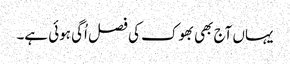
یہاں آج بھی بھوک کی فصل اُگی ہوئی ہے۔